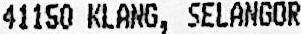
41150 KLANG, SELANGOR